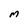
Character: M